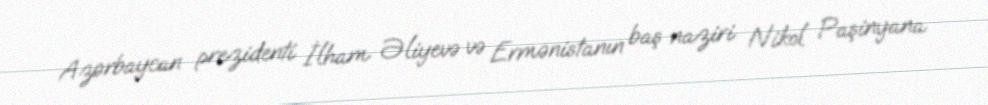
Azərbaycan prezidenti İlham Əliyevə və Ermənistanın baş naziri Nikol Paşinyana